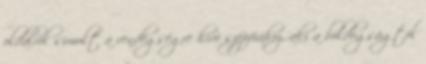
oldalról simult a vendégségre hívó szépfiúhoz, aki a boldogságtól